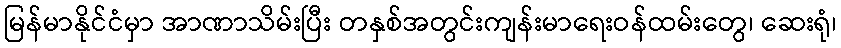
မြန်မာနိုင်ငံမှာ အာဏာသိမ်းပြီး တနှစ်အတွင်းကျန်းမာရေးဝန်ထမ်းတွေ၊ ဆေးရုံ၊